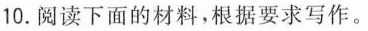
10.阅读下面的材料，根据要求写作。